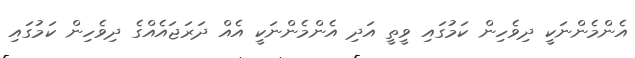
އެންމެންނަކީ ދިވެހިން ކަމުގައި ވީތީ އަދި އެންމެންނަކީ އެއް ދަރަޖައެއްގެ ދިވެހިން ކަމުގައި